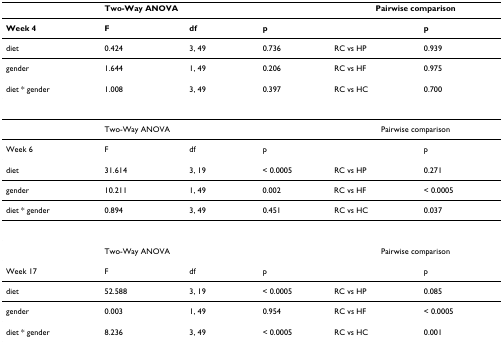
|  | <COLSPAN=2> Two-Way ANOVA |  | <COLSPAN=2> Pairwise comparison |
 | --- | --- | --- | --- | --- | --- |
 | Week 4 | F | df | p |  | p |
 | diet | 0.424 | 3, 49 | 0.736 | RC vs HP | 0.939 |
 | gender | 1.644 | 1, 49 | 0.206 | RC vs HF | 0.975 |
 | diet * gender | 1.008 | 3, 49 | 0.397 | RC vs HC | 0.700 |
 |  | <COLSPAN=2> Two-Way ANOVA |  | <COLSPAN=2> Pairwise comparison |
 | Week 6 | F | df | p |  | p |
 | diet | 31.614 | 3, 19 | < 0.0005 | RC vs HP | 0.271 |
 | gender | 10.211 | 1, 49 | 0.002 | RC vs HF | < 0.0005 |
 | diet * gender | 0.894 | 3, 49 | 0.451 | RC vs HC | 0.037 |
 |  | <COLSPAN=2> Two-Way ANOVA |  | <COLSPAN=2> Pairwise comparison |
 | Week 17 | F | df | p |  | p |
 | diet | 52.588 | 3, 19 | < 0.0005 | RC vs HP | 0.085 |
 | gender | 0.003 | 1, 49 | 0.954 | RC vs HF | < 0.0005 |
 | diet * gender | 8.236 | 3, 49 | < 0.0005 | RC vs HC | 0.001 |